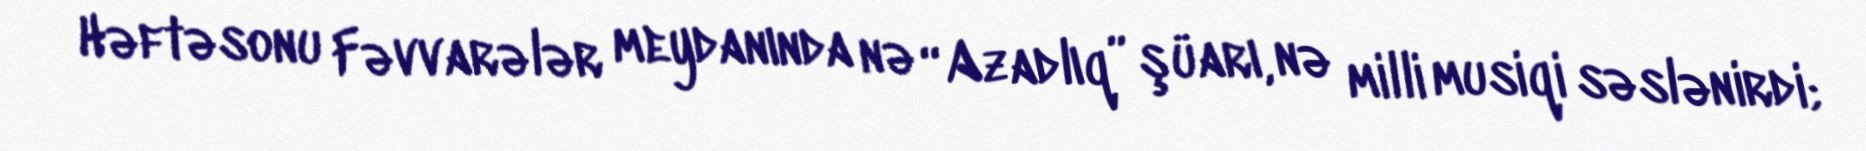
Həftəsonu Fəvvarələr meydanında nə “Azadlıq” şüarı, nə milli musiqi səslənirdi;